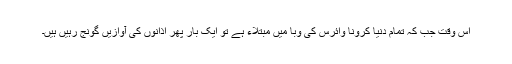
اِس وقت جب کہ تمام دنیا کرونا وائرس کی وبا میں مبتلاء ہے تو ایک بار پھر اذانوں کی آوازیں گونج رہیں ہیں۔